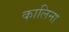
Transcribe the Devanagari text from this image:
कालिना